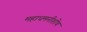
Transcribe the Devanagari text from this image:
महाधमनीशोथ